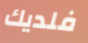
فلديك